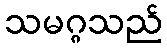
သမဂ္ဂသည်